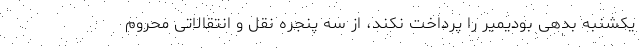
یکشنبه بدهی بودیمیر را پرداخت نکند، از سه پنجره نقل و انتقالاتی محروم